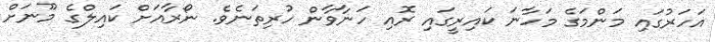
އަހަރުގައި މަންމަގެ މަހާނަ ކައިރީގައި ރޮއި ހަނާވާން ހުރިތަނެވެ. ނޯރާއަށް ކައިލްގެ މޫނަށް